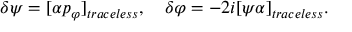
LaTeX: \delta \psi = [ \alpha p _ { \varphi } ] _ { t r a c e l e s s } , \quad \delta \varphi = - 2 i [ \psi \alpha ] _ { t r a c e l e s s } .